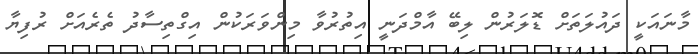
މާނައަކީ ދައުލަތަށް ޑޮލަރުން ލިބޭ އާމްދަނީ އިތުރުވާ މިންވަރަކުން އިގްތިސާދު ތެރެއަށް ރުފިޔާ